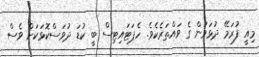
މިއީ ފުރަމޭ ދުޅަވުން ގެ ވައްތަރެކެވެ. ހެޕަޓައިޓިސް ބީ ކުޑަ ދުވަސްކޮޅަކަށް ވެސް